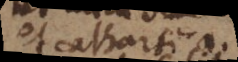
et cathartica.